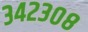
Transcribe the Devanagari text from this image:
३४२३०८